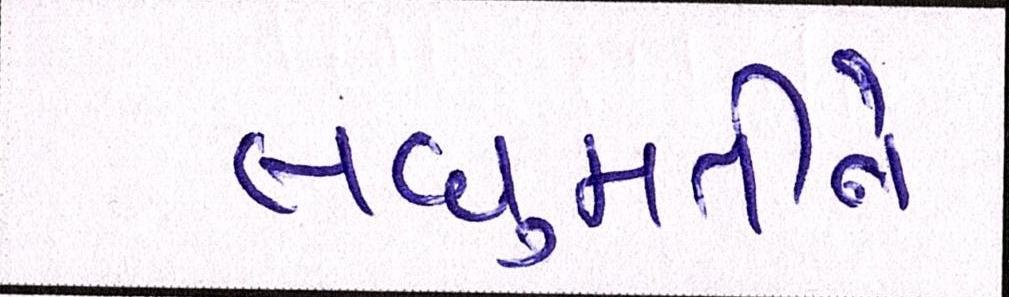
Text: લઘુમતીને